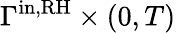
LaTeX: \Gamma^{\mathrm{in,RH}}\times(0,T)